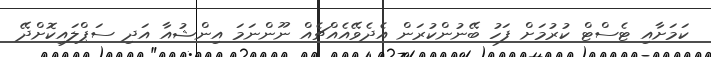
ކަމަށާއި ޓެސްޓް ކުރުމަށް ފަހު ބޭނުންކުރަން އެދެވޭއެއްޗެއް ނޫންނަމަ އިންޝުއާ އަދި ސަޕްލައިކޮށްދޭ